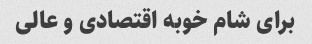
برای شام خوبه اقتصادی و عالی